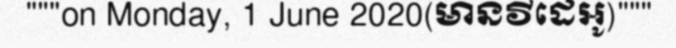
"""on Monday, 1 June 2020(មានវីដេអូ)"""